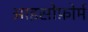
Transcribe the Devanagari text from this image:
आइसोफ़ोर्म